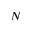
N